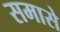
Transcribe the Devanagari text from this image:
समासे